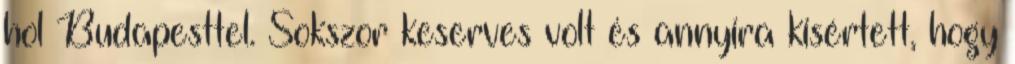
hol Budapesttel. Sokszor keserves volt és annyira kisértett, hogy